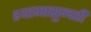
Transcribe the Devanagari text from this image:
श्यामासुन्दरी